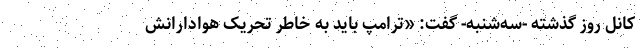
کانل روز گذشته -سه‌شنبه- گفت: «ترامپ باید به خاطر تحریک هوادارانش